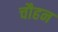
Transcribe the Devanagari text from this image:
चौहन